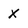
Character: x